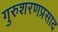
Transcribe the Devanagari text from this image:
गुरुशरणप्रसाद